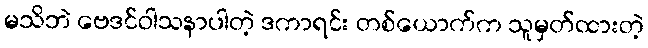
မသိဘဲ ဗေဒင်ဝါသနာပါတဲ့ ဒကာရင်း တစ်ယောက်က သူမှတ်ထားတဲ့